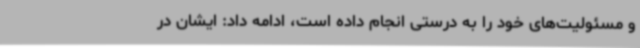
و مسئولیت‌های خود را به درستی انجام داده است، ادامه داد: ایشان در